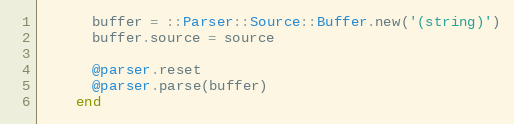
Language: Ruby
      buffer = ::Parser::Source::Buffer.new('(string)')
      buffer.source = source

      @parser.reset
      @parser.parse(buffer)
    end